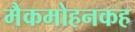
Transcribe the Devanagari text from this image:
मैकमोहनकह